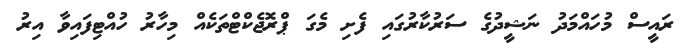
ރައީސް މުހައްމަދު ނަޝީދުގެ ސަރުކާރުގައި ފެށި މެގަ ޕްރޮޖެކްޓްތަކެއް މިހާރު ހުއްޓިފައިވާ އިރު